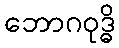
ဘောဂဝုဒ္ဓိ